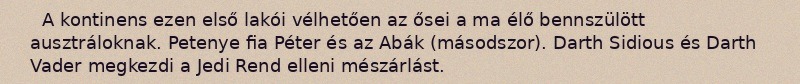
A kontinens ezen első lakói vélhetően az ősei a ma élő bennszülött ausztráloknak. Petenye fia Péter és az Abák (másodszor). Darth Sidious és Darth Vader megkezdi a Jedi Rend elleni mészárlást.